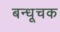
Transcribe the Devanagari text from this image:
बन्धूचक